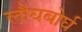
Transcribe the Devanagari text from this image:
लौघबोर्घ